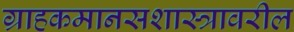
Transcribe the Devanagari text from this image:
ग्राहकमानसशास्त्रावरील